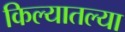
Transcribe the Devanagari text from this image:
किल्यातल्या